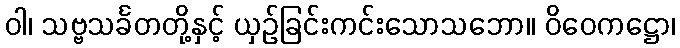
ဝါ၊ သဗ္ဗသင်္ခတတို့နှင့် ယှဉ်ခြင်းကင်းသောသဘော။ ဝိဝေကဋ္ဌော၊